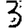
Digit: 3